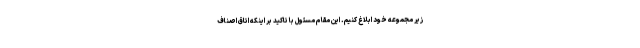
زیر مجموعه خود ابلاغ کنیم. این مقام مسئول با تاکید بر اینکه اتاق اصناف